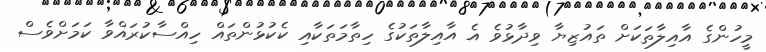
މީހުންގެ އާއިލާތަކަށް ތައުޒިޔާ ވިދާޅުވެ އެ އާއިލާތަކުގެ ހިތާމަތަކާއި ކެކުޅުންތައް ހިއްސާކުރައްވާ ކަމަށްވެސް